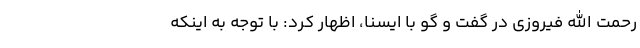
رحمت الله فیروزی در گفت و گو با ایسنا، اظهار کرد: با توجه به اینکه